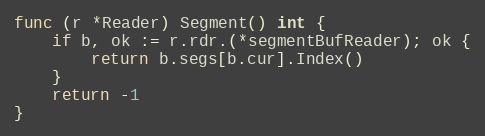
Language: Go
func (r *Reader) Segment() int {
	if b, ok := r.rdr.(*segmentBufReader); ok {
		return b.segs[b.cur].Index()
	}
	return -1
}